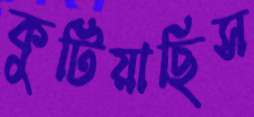
কুটিয়াছিস